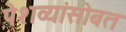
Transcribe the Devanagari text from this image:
पेशव्यांसोबत